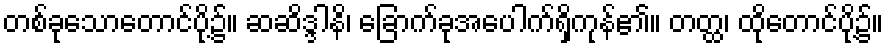
တစ်ခုသောတောင်ပို့၌။ ဆဆိဒ္ဒါနိ၊ ခြောက်ခုအပေါက်ရှိကုန်၏။ တတ္ထ၊ ထိုတောင်ပို့၌။